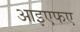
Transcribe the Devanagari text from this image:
आइएफए